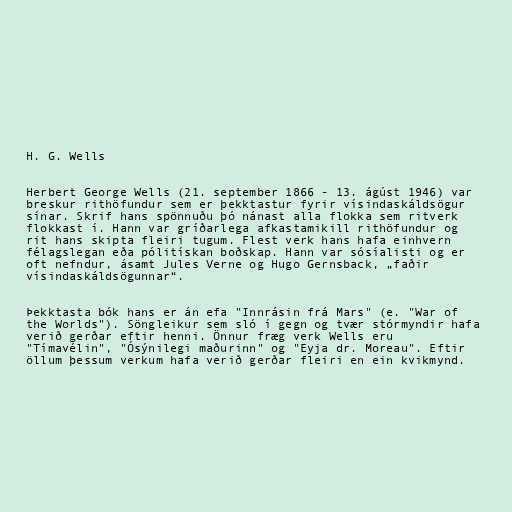
H. G. Wells

Herbert George Wells (21. september 1866 - 13. ágúst 1946) var
breskur rithöfundur sem er þekktastur fyrir vísindaskáldsögur
sínar. Skrif hans spönnuðu þó nánast alla flokka sem ritverk
flokkast í. Hann var gríðarlega afkastamikill rithöfundur og
rit hans skipta fleiri tugum. Flest verk hans hafa einhvern
félagslegan eða pólitískan boðskap. Hann var sósíalisti og er
oft nefndur, ásamt Jules Verne og Hugo Gernsback, „faðir
vísindaskáldsögunnar“.

Þekktasta bók hans er án efa "Innrásin frá Mars" (e. "War of
the Worlds"). Söngleikur sem sló í gegn og tvær stórmyndir hafa
verið gerðar eftir henni. Önnur fræg verk Wells eru
"Tímavélin", "Ósýnilegi maðurinn" og "Eyja dr. Moreau". Eftir
öllum þessum verkum hafa verið gerðar fleiri en ein kvikmynd.